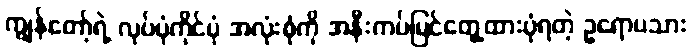
ကျွန်တော့်ရဲ့ လုပ်ပုံကိုင်ပုံ အလုံးစုံကို အနီးကပ်မြင်တွေ့ထားပုံရတဲ့ ဥရောပသား